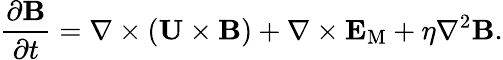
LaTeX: \frac{\partial{\mathbf{B}}}{\partial t}=\nabla\times({\mathbf{U}}\times{\mathbf{B}})+\nabla\times{\mathbf{E}}_{\mathrm{{M}}}+\eta\nabla^{2}{\mathbf{B}}.